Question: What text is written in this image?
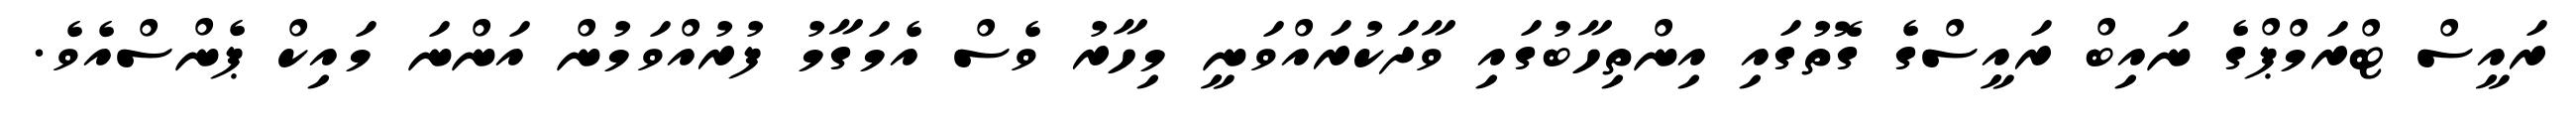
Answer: ރައީސް ޓްރަމްޕްގެ ނައިބް ރައީސްގެ ގޮތުގައި އިންތިހާބުގައި ވާދަކުރައްވަނީ މިހާރު ވެސް އެމަގާމު ފުރުއްވަމުން އަންނަ މައިކް ޕެންސްއެވެ.